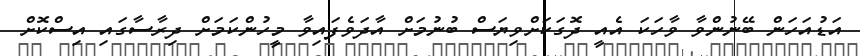
އަޑުއަހަން ބޭނުންވާ ވާހަކަ އެއީ ދޮގަކަށްވިޔަސް ބުނުމަށް އާދަވެފައިވާ މީހުންކަމަށް ދިރާސާގައި އިސްކޮށް